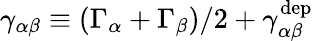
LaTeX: \gamma_{\alpha\beta}\equiv(\Gamma_{\alpha}+\Gamma_{\beta})/2+\gamma_{\alpha\beta}^{\mathrm{dep}}